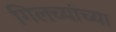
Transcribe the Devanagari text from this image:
गिलच्यांच्या